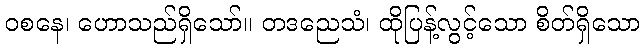
ဝစနေ၊ ဟောသည်ရှိသော်။ တဒညေသံ၊ ထိုပြန့်လွင့်သော စိတ်ရှိသော